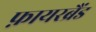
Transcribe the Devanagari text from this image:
फ़ायरब्रैंड